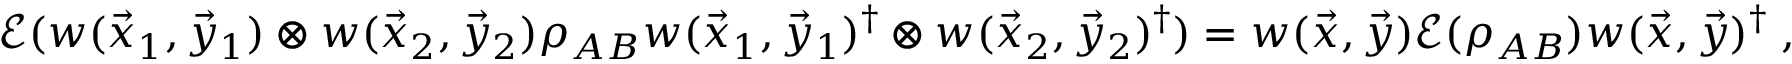
\begin{array} { r } { \mathcal { E } ( w ( \vec { x } _ { 1 } , \vec { y } _ { 1 } ) \otimes w ( \vec { x } _ { 2 } , \vec { y } _ { 2 } ) \rho _ { A B } w ( \vec { x } _ { 1 } , \vec { y } _ { 1 } ) ^ { \dag } \otimes w ( \vec { x } _ { 2 } , \vec { y } _ { 2 } ) ^ { \dag } ) = w ( \vec { x } , \vec { y } ) \mathcal { E } ( \rho _ { A B } ) w ( \vec { x } , \vec { y } ) ^ { \dag } \; , } \end{array}